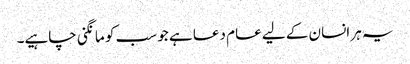
یہ ہر انسان کے لیے عام دعا ہے جو سب کو مانگنی چاہیے۔